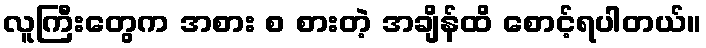
လူကြီးတွေက အစား စ စားတဲ့ အချိန်ထိ စောင့်ရပါတယ်။